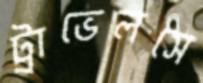
ট্রাভেলসে